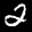
Label: 2